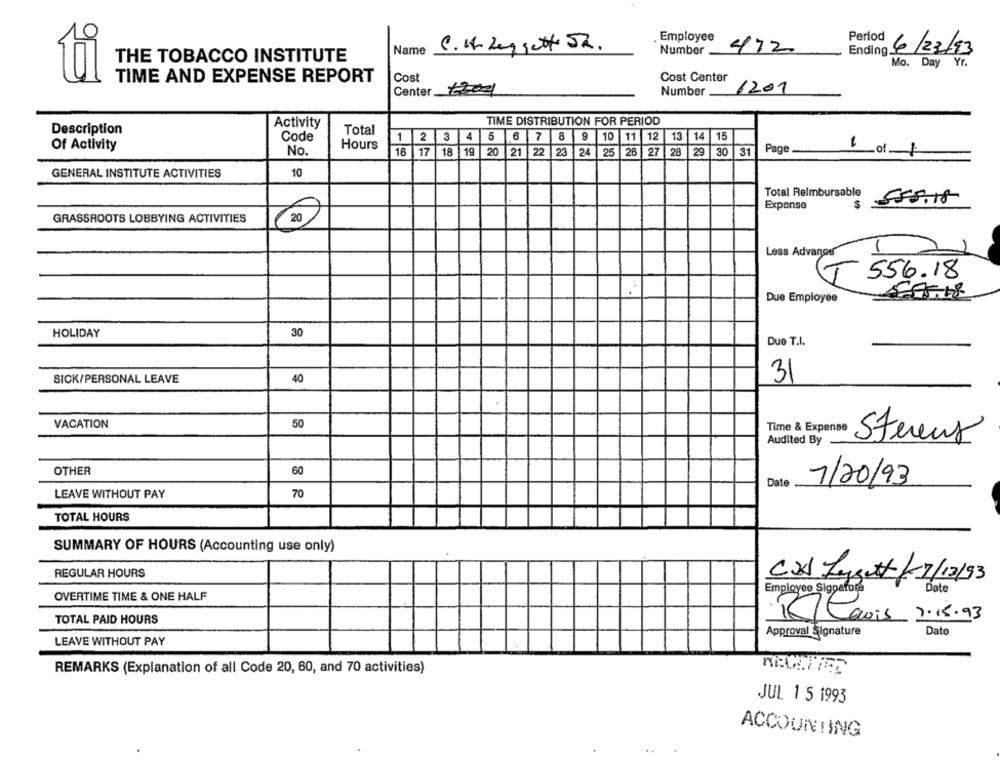
Employee
Period
Name
C.W. Leggett SR.
Number
472
Ending /23/93
THE TOBACCO INSTITUTE
Mo. Day Yr.
Cost
TIME AND EXPENSE REPORT
Cost Center
Center
Number
1201
TIME DISTRIBUTION FOR PERIOD
Description
Activity
Code
Total
1 2
4
5
6 7
8
9
10
11 12 13
14
15
Of Activity
No.
Hours
16
17 18
119
20
21 22
23
24 25
26
728
1 29
30
31
Page _
1 of 1
GENERAL INSTITUTE ACTIVITIES
10
Total Relmbursable
55.5.18
Expense
GRASSROOTS LOBBYING ACTIVITIES
20
1
Less Advanos
T 556.18
Due Employee
HOLIDAY
30
Due T.I.
SICK/PERSONAL LEAVE
40
3
VACATION
50
Time & Expense
Audited By
Sterens
OTHER
60
7/20/93
Date
LEAVE WITHOUT PAY
70
TOTAL HOURS
SUMMARY OF HOURS (Accounting use only)
REGULAR HOURS
CX Lysett/ 7/12/93
Employee Sigpafora
Date
OVERTIME TIME & ONE HALF
TOTAL PAID HOURS
R Canis 7.15.93
Dato
Approval Signature
LEAVE WITHOUT PAY
REMARKS (Explanation of all Code 20, 60, and 70 activities)
JUL 1 5 1993
ACCOUNTING
..